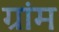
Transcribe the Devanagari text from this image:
ग्रांम